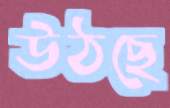
উঠছে